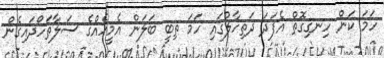
ހަމަ ކަން ހިނގިގޮތް އެފަދަ ދަތިހާލުގައި ހަމަ ތިބީ ބަލަން އެމީހެއްގެ ސަލާތަހޯދައިގެން